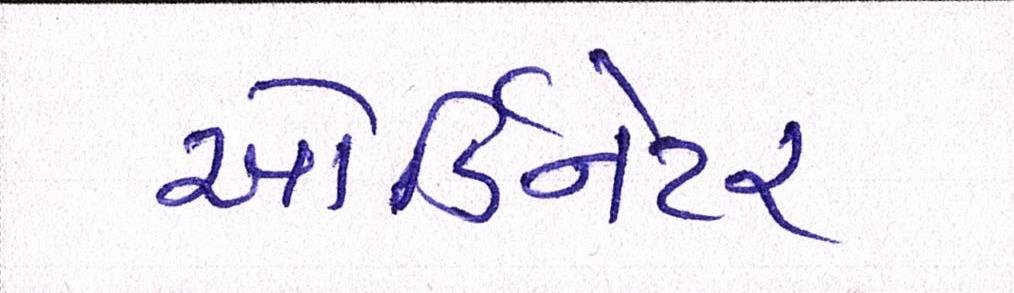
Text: ઓર્ડિનેટર